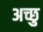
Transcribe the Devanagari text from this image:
अच्छु